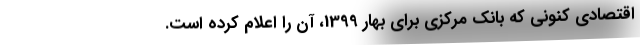
اقتصادی کنونی که بانک مرکزی برای بهار 1399، آن را اعلام کرده است.